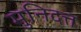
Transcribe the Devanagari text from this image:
मुनिदत्त